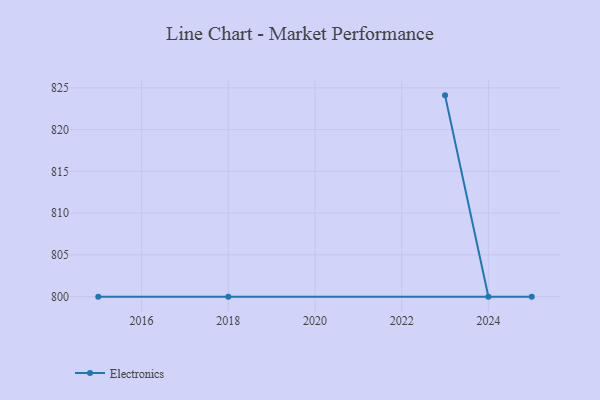
{"axis": {"x": "Year", "y": "Demand Index"}, "legend": ["Electronics"], "data": [{"x": "2023", "y": 824.1, "type": "Electronics"}, {"x": "2024", "y": 800, "type": "Electronics"}, {"x": "2025", "y": 800, "type": "Electronics"}, {"x": "2018", "y": 800, "type": "Electronics"}, {"x": "2015", "y": 800, "type": "Electronics"}]}